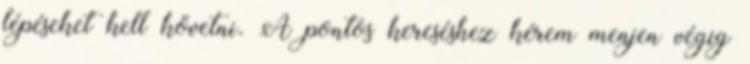
lépéseket kell követni. A pontos kereséshez kérem menjen végig